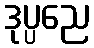
ဒုပ္ပညေ